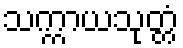
သက္ကာယသုတ္တံ